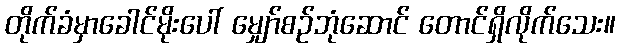
တိုက်ခံမှာခေါင်မိုးပေါ် မျှော်စဉ်ဘုံဆောင် တောင်ရှိလိုက်သေး။